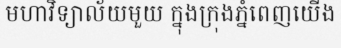
មហាវិទ្យាល័យមួយ ក្នុងក្រុងភ្នំពេញយើង